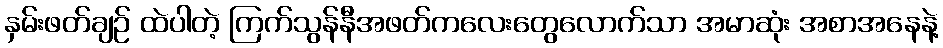
နှမ်းဖတ်ချဉ် ထဲပါတဲ့ ကြက်သွန်နီအဖတ်ကလေးတွေလောက်သာ အမာဆုံး အစာအနေနဲ့